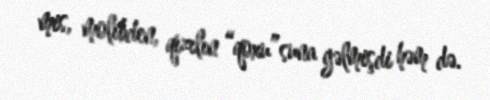
mis, molibden, qızılın “qoxu”suna gəlmişdi həm də.